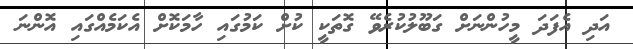
އަދި އެފަދަ މީހުންނަށް ގަބޫލުކުރެވޭ ގޮތަކީ ކުށް ކަމުގައި ހާމަކޮށް އެކަމެއްގައި އޮންނަ